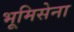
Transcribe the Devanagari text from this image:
भूमिसेना